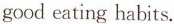
goodeating habits.